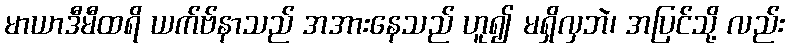
မာယာဒီမီထရိ ယက်ဗ်နာသည် အအားနေသည် ဟူ၍ မရှိလှဘဲ၊ အပြင်သို့ လည်း